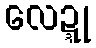
လေဍ္ဍု